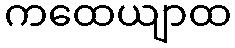
ကထေယျာထ